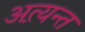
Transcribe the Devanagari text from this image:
अत्य़न्त